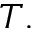
T .